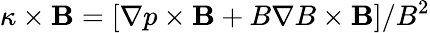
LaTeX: \kappa\times\mathbf{B}=[\nabla p\times\mathbf{B}+B\nabla B\times\mathbf{B}]/B^{2}